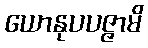
ယောနုပပဇ္ဇာမိ